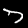
Label: 7